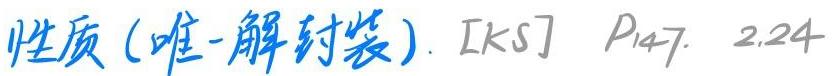
性质 (唯一解封装). [KS] $P_{147}$. 2.24